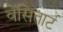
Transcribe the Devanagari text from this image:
वेंसितार्ट